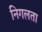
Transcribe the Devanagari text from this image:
निगलता